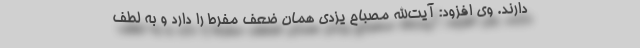
دارند. وی افزود: آیت‌الله مصباح یزدی همان ضعف مفرط را دارد و به لطف